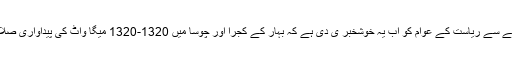
ریاستی کابینہ نے اپنے تازہ ترین فیصلے کے حوالے سے ریاست کے عوام کو اب یہ خوشخبر ی دی ہے کہ بہار کے کجرا اور چوسا میں 1320-1320 میگا واٹ کی پیداواری صلاحیت والے دو تھرمل پاور پلانٹ لگائے جائیں گے۔